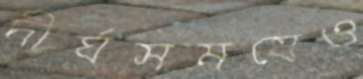
দীর্ঘসময়েও